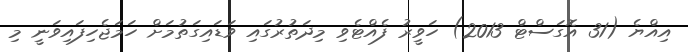
އިއްޔެ (31 އޮގަސްޓް 2013) ހަވީރު ފެއްޓެވި މިދަތުރުގައި ވަޑައިގަތުމަށް ހަމަޖެހިފައިވަނީ މި